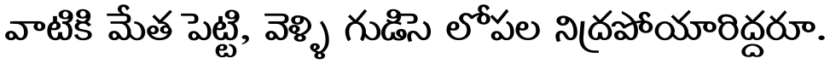
వాటికి మేత పెట్టి, వెళ్ళి గుడిసె లోపల నిద్రపోయారిద్దరూ.